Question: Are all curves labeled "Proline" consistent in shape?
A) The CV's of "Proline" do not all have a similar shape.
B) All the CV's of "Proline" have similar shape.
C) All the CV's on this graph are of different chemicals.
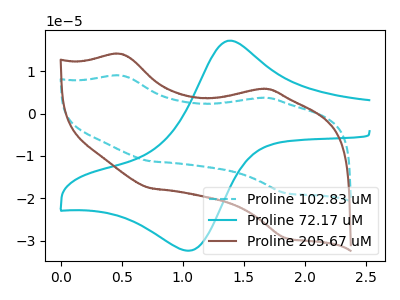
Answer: <think>The cyan dashed curve "Proline 102.83 uM" has anodic peaks at (0.50V, 9.00uA) (1.60V, 3.70uA) and cathodic peaks at (0.75V, -11.25uA) (1.85V, -18.80uA). The cyan curve "Proline 72.17 uM" has an anodic peak at (1.40V, 17.20uA) and a cathodic peak at (1.05V, -32.40uA). The brown curve "Proline 205.67 uM" has anodic peaks at (0.50V, 14.05uA) (1.60V, 5.80uA) and cathodic peaks at (0.75V, -17.65uA) (1.85V, -29.40uA).
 "Proline 102.83 uM" and "Proline 72.17 uM" have a different number of peaks. All the peaks in "Proline 102.83 uM" have a peak in "Proline 205.67 uM" at the same potential. Every peak in "Proline 102.83 uM" is lower than every peak in "Proline 205.67 uM". "Proline 72.17 uM" and "Proline 205.67 uM" have a different number of peaks.</think>
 <answer>B) All the CV's of "Proline" have similar shape.</answer>
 <eval>B</eval>